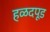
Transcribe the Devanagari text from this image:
हळदपूड